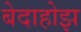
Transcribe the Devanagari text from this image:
बेदाहोझ